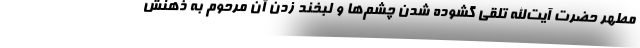
مطهر حضرت آیت‌الله تلقی گشوده شدن چشم‌ها و لبخند زدن آن مرحوم به ذهنش